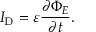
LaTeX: I _ { \mathrm { D } } = \varepsilon { \frac { \partial \Phi _ { E } } { \partial t } } .